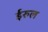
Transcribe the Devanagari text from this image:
ईरुल